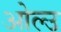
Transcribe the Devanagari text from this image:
ओल्‍उ